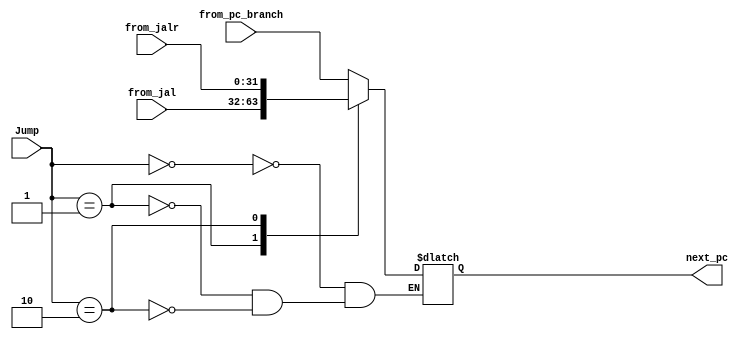
`timescale 1ns / 1ps
//////////////////////////////////////////////////////////////////////////////////
// Company: 
// Engineer: 
// 
// Design Name: 
// Module Name: MUX2
// Project Name: 
// Target Devices: 
// Tool Versions: 
// Description: 
// 
// Dependencies: 
// 
// Revision:
// Revision 0.01 - File Created
// Additional Comments:
// 
//////////////////////////////////////////////////////////////////////////////////


module MUX2(
    input [1:0] Jump,
    input [31:0] from_pc_branch,
    input [31:0] from_jal,
    input [31:0] from_jalr,

    output [31:0] next_pc
    );

reg [31:0] temp;
assign next_pc=temp;

    always @(*)begin
        case(Jump)
            2'd0:temp=from_pc_branch;
            2'd1:temp=from_jal;
            2'd2:temp=from_jalr;
        endcase
    end

endmodule